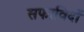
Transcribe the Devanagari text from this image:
सफाविदों